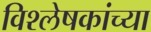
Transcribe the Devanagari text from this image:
विश्लेषकांच्या